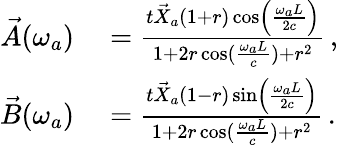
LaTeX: \begin{array}{rl}{\vec{A}(\omega_{a})}&{{}=\frac{t\vec{X}_{a}\left(1+r\right)\cos\left(\frac{\omega_{a}L}{2c}\right)}{1+2r\cos(\frac{\omega_{a}L}{c})+r^{2}}\, ,}\\ {\vec{B}(\omega_{a})}&{{}=\frac{t\vec{X}_{a}\left(1-r\right)\sin\left(\frac{\omega_{a}L}{2c}\right)}{1+2r\cos(\frac{\omega_{a}L}{c})+r^{2}}\, .}\end{array}